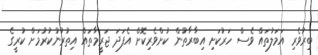
ބިރުވެރި އަމަލުތައް ވެސް ހަރުކަށި އިބާރާތުން ކުށްވެރިކޮށް އެފަދަ ޖަރީމާތައް އިތުރުނުކުރުމަށް ކުރީގެ